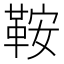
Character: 鞍